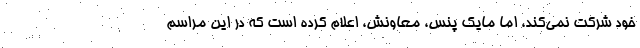
خود شرکت نمی‌کند، اما مایک پنس، معاونش، اعلام کرده است که در این مراسم